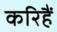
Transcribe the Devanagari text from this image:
करिहैं